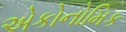
એકોનોમિક